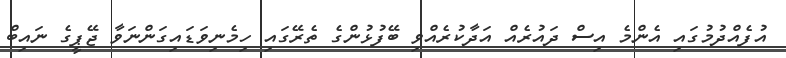
އުފެއްދުމުގައި އެންމެ އިސް ދައުރެއް އަދާކުރެއްވި ބޭފުޅުންގެ ތެރޭގައި ހިމެނިވަޑައިގަންނަވާ ޖޭޕީގެ ނައިބް